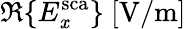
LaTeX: \Re\{ E_{\mathit{x}}^{\mathrm{{sca}}}\} ~[\mathrm{{V/m}}]